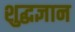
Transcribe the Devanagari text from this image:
शुद्धज्ञान